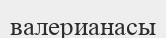
валерианасы